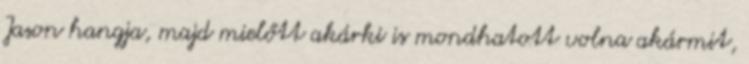
Jason hangja, majd mielőtt akárki is mondhatott volna akármit,